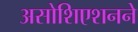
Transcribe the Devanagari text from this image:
असोशिएशनने